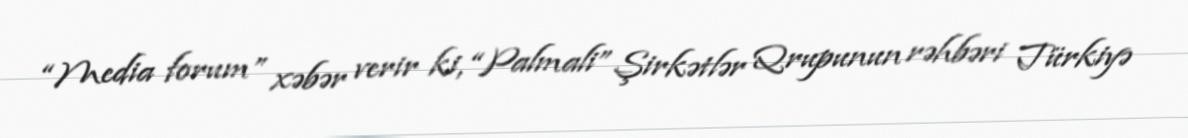
“Media forum” xəbər verir ki, “Palmali” Şirkətlər Qrupunun rəhbəri Türkiyə